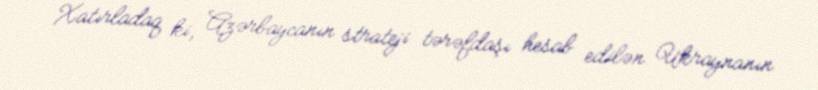
Xatırladaq ki, Azərbaycanın strateji tərəfdaşı hesab edilən Ukraynanın